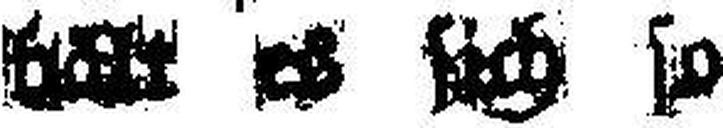
### es sich so?“